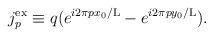
LaTeX: \begin{align*}j_p^{\rm ex} \equiv q(e^{i2\pi px_0/{\rm L}} - e^{i2\pi py_0/{\rm L}}).\end{align*}